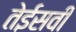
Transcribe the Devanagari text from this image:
तेईसवीं